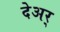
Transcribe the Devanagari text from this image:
देअर्